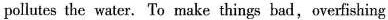
pollutes the water. To make things bad,overfishing